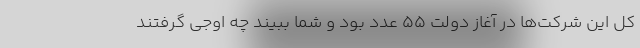
کل این شرکت‌ها در آغاز دولت ۵۵ عدد بود و شما ببیند چه اوجی گرفتند